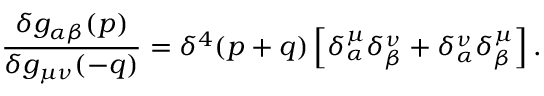
\frac { \delta g _ { \alpha \beta } ( p ) } { \delta g _ { \mu \nu } ( - q ) } = \delta ^ { 4 } ( p + q ) \left[ \delta _ { \alpha } ^ { \mu } \delta _ { \beta } ^ { \nu } + \delta _ { \alpha } ^ { \nu } \delta _ { \beta } ^ { \mu } \right] .